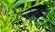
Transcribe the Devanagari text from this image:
गजवक्त्र